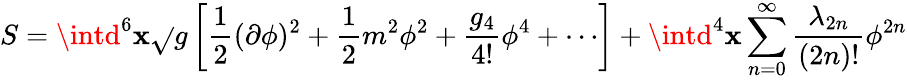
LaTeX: S=\intd^{6}\mathbf{x}\sqrt{}{{g}}\left[{\frac{{1}}{{2}}}(\partial\phi)^{2}+{\frac{{1}}{{2}}}m^{2}\phi^{2}+{\frac{{g_{4}}}{{4!}}}\phi^{4}+\cdots\right]+\intd^{4}\mathbf{x}\sum_{n=0}^{\infty}{\frac{{\lambda_{2n}}}{{(2n)!}}}\phi^{2n}